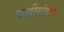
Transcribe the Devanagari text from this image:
घाडीगांवकर